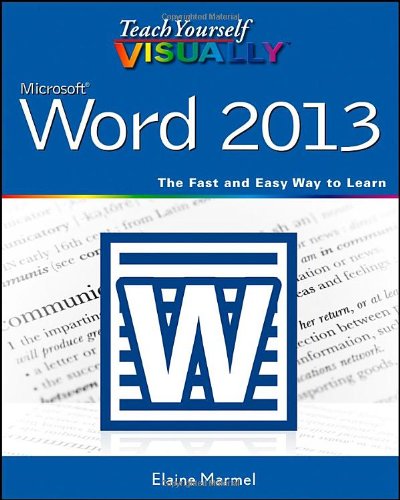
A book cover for Teach Yourself VISUALLY Word 2013; Elaine Marmel; Computers & Technology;